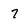
Character: 7